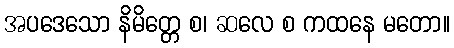
အပဒေသော နိမိတ္တေ စ၊ ဆလေ စ ကထနေ မတော။